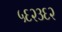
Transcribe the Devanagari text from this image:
५६२३६२